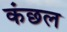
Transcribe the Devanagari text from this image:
कंछल